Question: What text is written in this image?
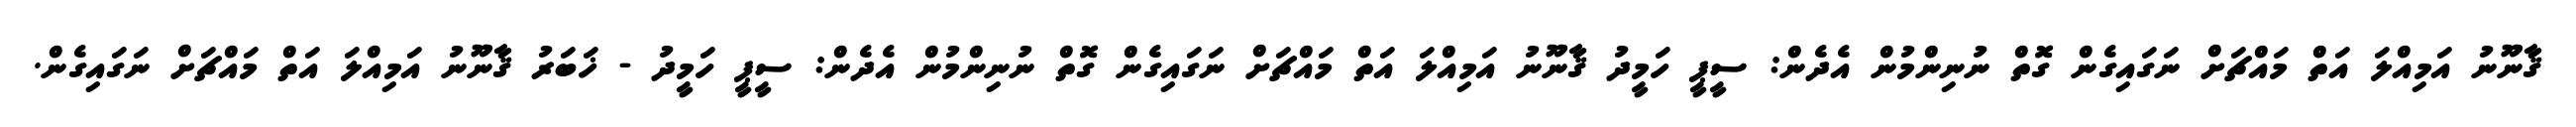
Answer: ޤާނޫނު އަމިއްލަ އަތް މައްޗަށް ނަގައިގެން ގޮތް ނުނިންމުން އެދެން: ސީޕީ ހަމީދު ޤާނޫނު އަމިއްލަ އަތް މައްޗަށް ނަގައިގެން ގޮތް ނުނިންމުން އެދެން: ސީޕީ ހަމީދު - ޚަބަރު ޤާނޫނު އަމިއްލަ އަތް މައްޗަށް ނަގައިގެން.